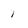
Character: 1